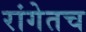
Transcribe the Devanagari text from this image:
रांगेतच